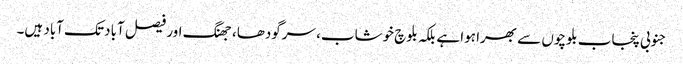
جنوبی پنجاب بلوچوں سے بھرا ہوا ہے بلکہ بلوچ خوشاب، سرگودھا، جھنگ اور فیصل آباد تک آباد ہیں۔